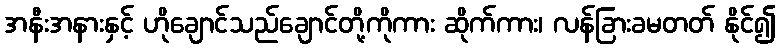
အနီးအနားနှင့် ဟိုချောင်သည်ချောင်တို့ကိုကား ဆိုက်ကား၊ လန်ခြားခမတတ် နိုင်၍